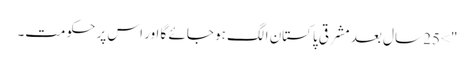
"> 25 سال بعد مشرقی پاکستان الگ ہو جائے گا اور اس پر حکومت۔